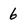
Character: 6